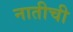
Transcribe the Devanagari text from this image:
नातीची